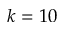
k = 1 0